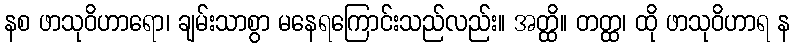
နစ ဖာသုဝိဟာရော၊ ချမ်းသာစွာ မနေရကြောင်းသည်လည်း။ အတ္ထိ။ တတ္ထ၊ ထို ဖာသုဝိဟာရ န